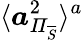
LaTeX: \langle\boldsymbol{a}_{\mathit{\Pi}_{\overline{{S}}}}^{2}\rangle^{a}